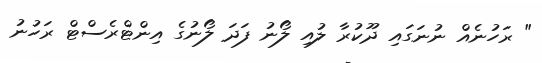
" ރަހުނެއް ނުނަގައި ދޫކުރާ ލުއި ލޯނު ފަދަ ލޯނުގެ އިންޓްރެސްޓް ރަހުނު